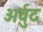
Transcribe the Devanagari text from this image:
अर्वुद